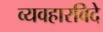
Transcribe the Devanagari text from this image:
व्यवहारविदे